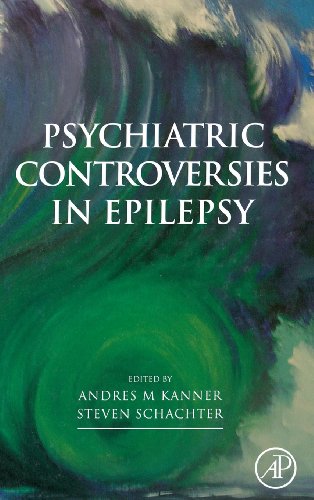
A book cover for Psychiatric Controversies in Epilepsy; Andres Kanner; Health, Fitness & Dieting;